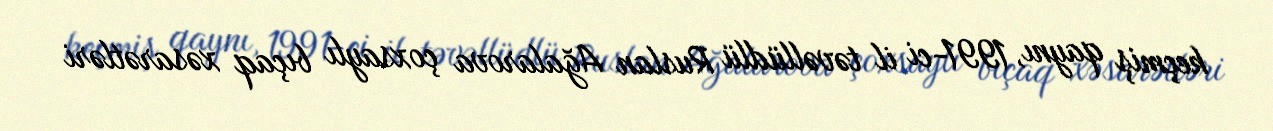
keçmiş qaynı, 1991-ci il təvəllüdlü Ruslan Ağalarova çoxsaylı bıçaq xəsarətləri